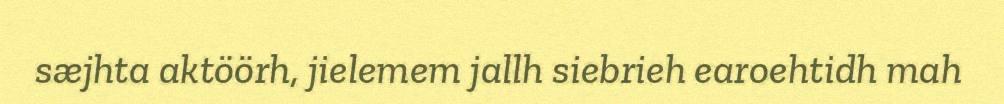
sæjhta aktöörh, jielemem jallh siebrieh earoehtidh mah